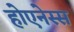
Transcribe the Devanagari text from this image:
होएनेस्स